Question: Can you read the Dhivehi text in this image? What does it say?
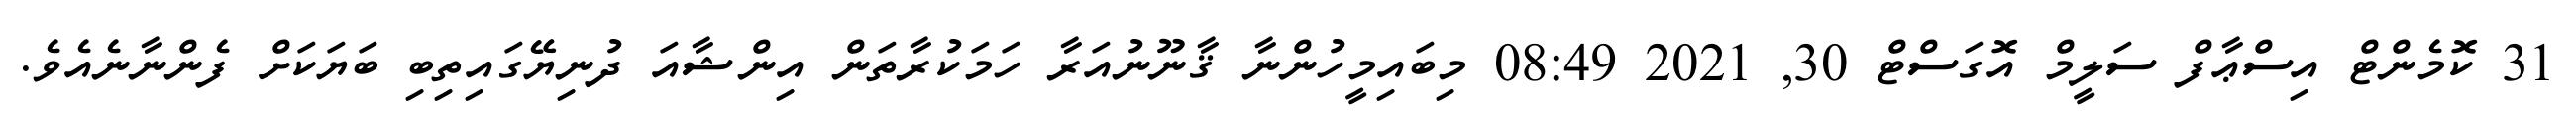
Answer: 31 ކޮމެންޓް އިސްޢާފް ސަލީމް އޮގަސްޓް 30, 2021 08:49 މިބައިމީހުންނާ ޤާނޫނުއަރާ ހަމަކުރާތަން އިންޝާއަ ދުނިޔޭގައިތިބި ބަޔަކަށް ފެންނާނެއެވެ.